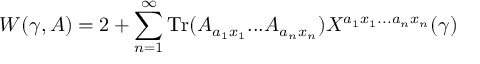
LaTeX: W ( \gamma , A ) = 2 + \sum _ { n = 1 } ^ { \infty } \mathrm { T r } ( A _ { a _ { 1 } x _ { 1 } } . . . A _ { a _ { n } x _ { n } } ) X ^ { a _ { 1 } x _ { 1 } . . . a _ { n } x _ { n } } ( \gamma )